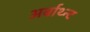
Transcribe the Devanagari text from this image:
अर्बाथ्न्ट